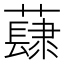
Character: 𧀳